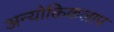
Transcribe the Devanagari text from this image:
अन्योक्तिकलाप